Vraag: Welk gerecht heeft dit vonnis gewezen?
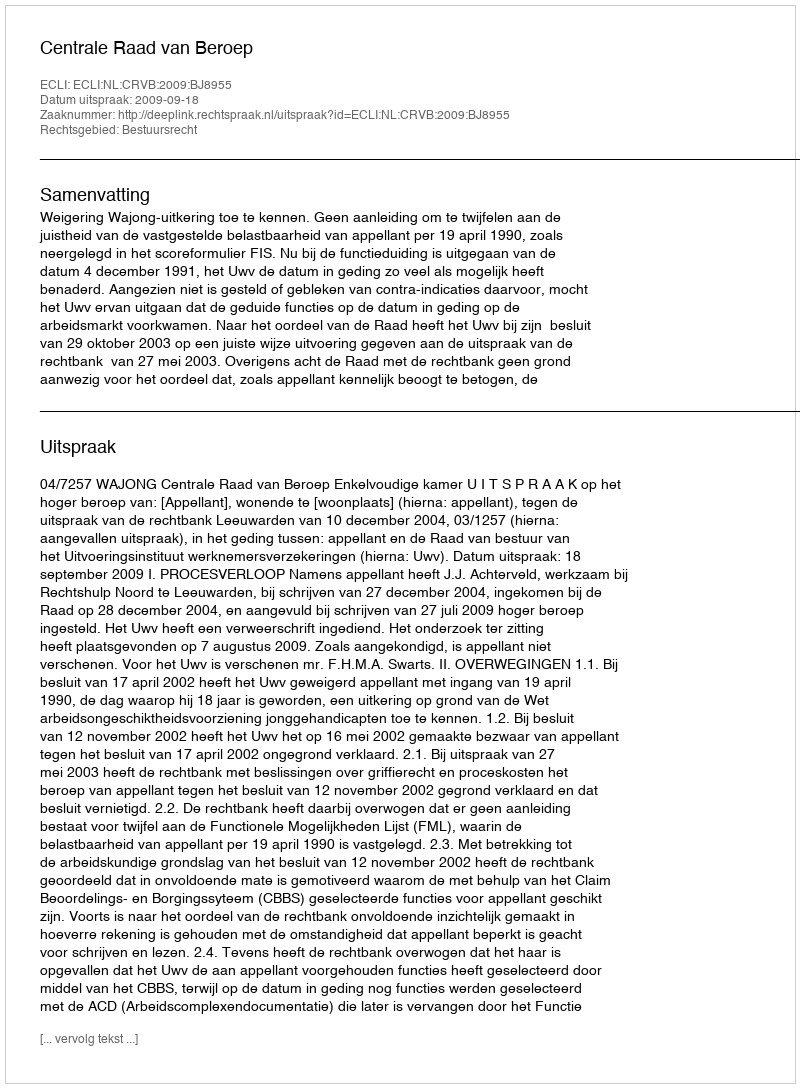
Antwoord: Centrale Raad van Beroep